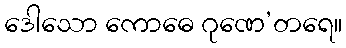
ဒေါသော ကောဓေ ဂုဏေ’တရေ။